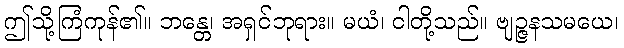
ဤသို့ကြံကုန်၏။ ဘန္တေ၊ အရှင်ဘုရား။ မယံ၊ ငါတို့သည်။ ဗျဉ္ဇနသမယေ၊